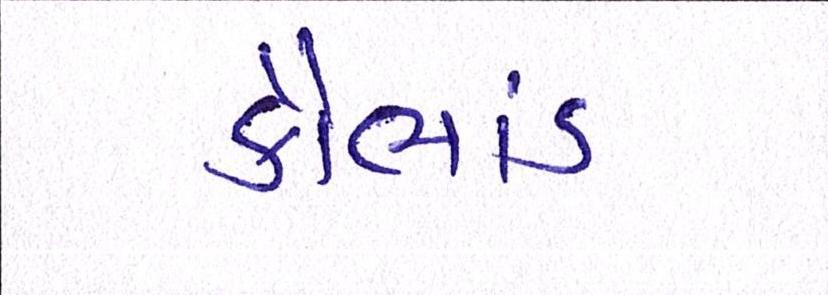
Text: કૌભાંડ